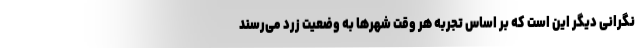
نگرانی دیگر این است که بر اساس تجربه هر وقت شهرها به وضعیت زرد می‌رسند